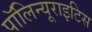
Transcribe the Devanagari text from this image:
पॉलिन्यूराइटिस